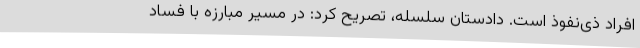
افراد ذی‌نفوذ است. دادستان سلسله، تصریح کرد: در مسیر مبارزه با فساد